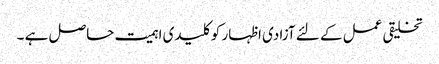
تخلیقی عمل کے لئے آزادی اظہار کو کلیدی اہمیت حاصل ہے ۔